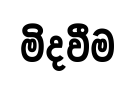
මිදවීම